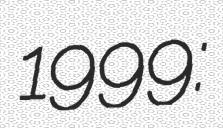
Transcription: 1999: